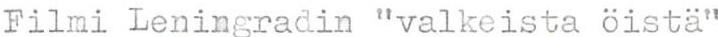
Filmi Leningradin "valkeista öistä"